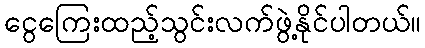
ငွေကြေးထည့်သွင်းလက်ဖွဲ့နိုင်ပါတယ်။